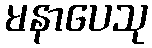
မနာပေသု